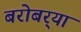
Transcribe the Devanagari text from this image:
बरोबर्‍या